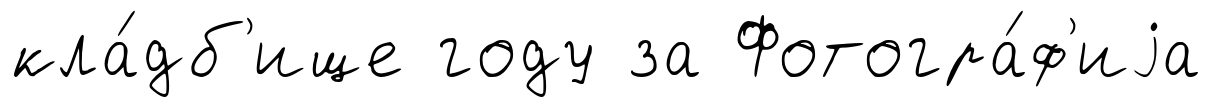
кла́дб'ище году за Фотогра́ф'иjа